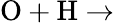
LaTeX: \mathrm{O+H\rightarrow}